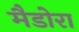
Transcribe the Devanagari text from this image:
मैडोरा